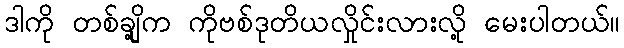
ဒါကို တစ်ချို့က ကိုဗစ်ဒုတိယလှိုင်းလားလို့ မေးပါတယ်။